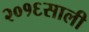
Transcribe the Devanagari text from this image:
२०१६साली